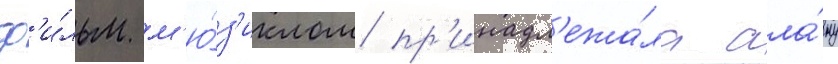
ф'и́льм м'ю́з'иклом пр'инадл'ежа́ла ала́ну